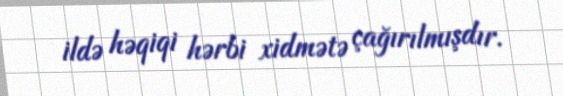
ildə həqiqi hərbi xidmətə çağırılmışdır.